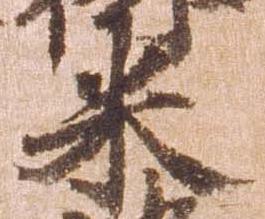
米